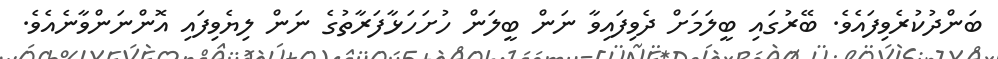
ބަންދުކުރެވިފައެވެ. ބޭރުގައި ބީލަމަށް ދެވިފައިވާ ނަން ބީލަން ހުށަހަޅާފަރާތުގެ ނަން ލިޔެވިފައި އޮންނަންވާނެއެވެ.